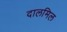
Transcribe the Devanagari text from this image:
दालमिल